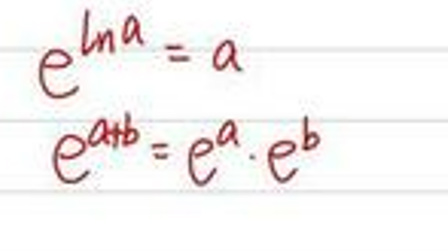
\[e^{\ln a}=a\]
\[e^{a+b}=e^{a}\cdot e^{b}\]